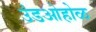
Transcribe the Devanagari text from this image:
उंडओहोळ